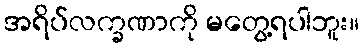
အရိပ်လက္ခဏာကို မတွေ့ရပါဘူး။